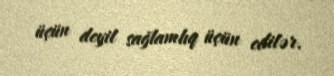
üçün deyil sağlamlıq üçün edilər.